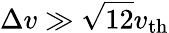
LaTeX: \Delta v\gg\sqrt{12}v_{\mathrm{th}}